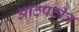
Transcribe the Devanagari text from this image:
आठपठीत